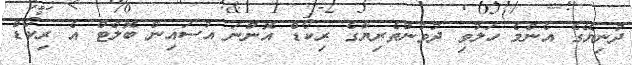
ދުނިޔޭގެ އެންމެ ހަލުވި ދުވުންތެރިޔާގެ ރިކޯޑް އޮންނަ އުސައިން ބޮލްޓް އެ ރިކޯޑް